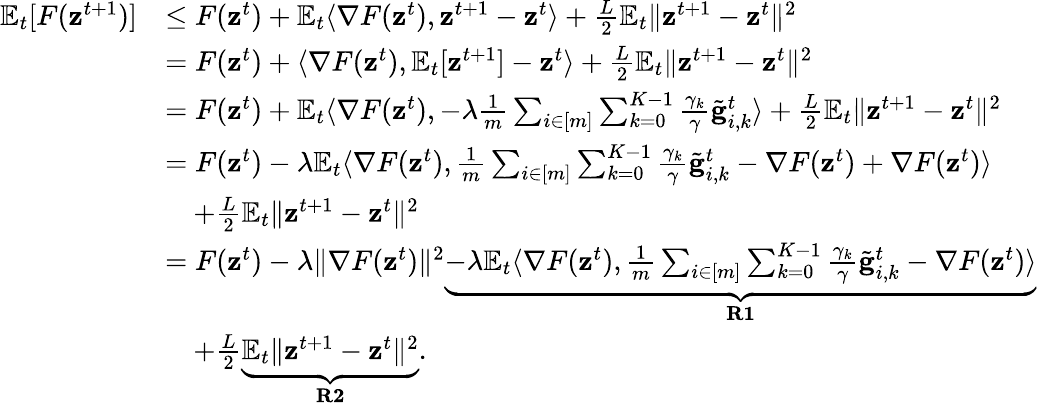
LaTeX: \begin{array}{rl}{\mathbb{E}_{t}[F(\mathbf{z}^{t+1})]}&{\leq F(\mathbf{z}^{t})+\mathbb{E}_{t}\langle\nabla F(\mathbf{z}^{t}),\mathbf{z}^{t+1}-\mathbf{z}^{t}\rangle+\frac{L}{2}\mathbb{E}_{t}\Vert\mathbf{z}^{t+1}-\mathbf{z}^{t}\Vert^{2}}\\ &{=F(\mathbf{z}^{t})+\langle\nabla F(\mathbf{z}^{t}),\mathbb{E}_{t}[\mathbf{z}^{t+1}]-\mathbf{z}^{t}\rangle+\frac{L}{2}\mathbb{E}_{t}\Vert\mathbf{z}^{t+1}-\mathbf{z}^{t}\Vert^{2}}\\ &{=F(\mathbf{z}^{t})+\mathbb{E}_{t}\langle\nabla F(\mathbf{z}^{t}),-\lambda\frac{1}{m}\sum_{i\in[m]}\sum_{k=0}^{K-1}\frac{\gamma_{k}}{\gamma}\tilde{\mathbf{g}}_{i,k}^{t}\rangle+\frac{L}{2}\mathbb{E}_{t}\Vert\mathbf{z}^{t+1}-\mathbf{z}^{t}\Vert^{2}}\\ &{=F(\mathbf{z}^{t})-\lambda\mathbb{E}_{t}\langle\nabla F(\mathbf{z}^{t}),\frac{1}{m}\sum_{i\in[m]}\sum_{k=0}^{K-1}\frac{\gamma_{k}}{\gamma}\tilde{\mathbf{g}}_{i,k}^{t}-\nabla F(\mathbf{z}^{t})+\nabla F(\mathbf{z}^{t})\rangle}\\ &{\quad+\frac{L}{2}\mathbb{E}_{t}\Vert\mathbf{z}^{t+1}-\mathbf{z}^{t}\Vert^{2}}\\ &{=F(\mathbf{z}^{t})-\lambda\Vert\nabla F(\mathbf{z}^{t})\Vert^{2}\underbrace{-\lambda\mathbb{E}_{t}\langle\nabla F(\mathbf{z}^{t}),\frac{1}{m}\sum_{i\in[m]}\sum_{k=0}^{K-1}\frac{\gamma_{k}}{\gamma}\tilde{\mathbf{g}}_{i,k}^{t}-\nabla F(\mathbf{z}^{t})\rangle}_{\mathbf{R1}}}\\ &{\quad+\frac{L}{2}\underbrace{\mathbb{E}_{t}\Vert\mathbf{z}^{t+1}-\mathbf{z}^{t}\Vert^{2}}_{\mathbf{R2}}.}\end{array}